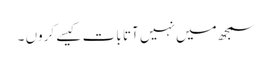
سمجھ میں نہیں آتا بات کیسے کروں ۔